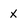
Character: x